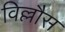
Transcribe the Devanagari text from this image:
विल्लौस